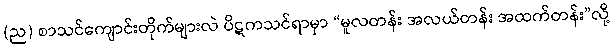
(ည) စာသင်ကျောင်းတိုက်များလဲ ပိဋကသင်ရာမှာ “မူလတန်း အလယ်တန်း အထက်တန်း”လို့